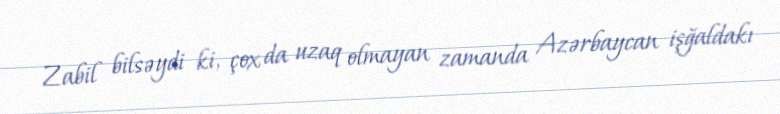
Zabil bilsəydi ki, çox da uzaq olmayan zamanda Azərbaycan işğaldakı